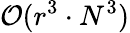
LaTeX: \mathcal{O}(r^{3}\cdot N^{3})